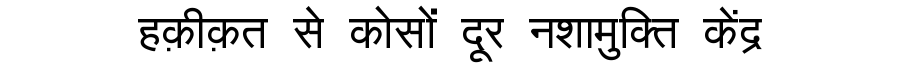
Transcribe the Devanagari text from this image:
हक़ीक़त से कोसों दूर नशामुक्ति केंद्र